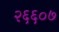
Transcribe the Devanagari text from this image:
२६६०७